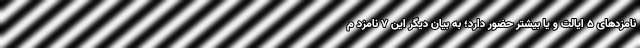
نامزدهای 5 ایالت و یا بیشتر حضور دارد؛ به بیان دیگر این 7 نامزد م